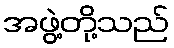
အဖွဲ့တို့သည်